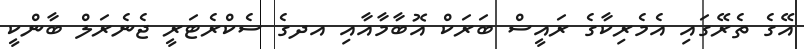
އޭގެ ތެރޭގައި އެމެރިކާގެ ރައީސް ބަރަކް އޮބާމާއާއި އދގެ ސެކްރެޓަރީ ޖެނެރަލް ބާންކީ